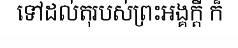
ទៅដល់តុរបស់ព្រះអង្គក្តី ក៏